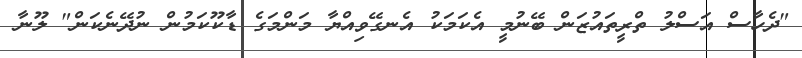
"ދެހާސް އަސްލު ތްރީތައުޒަން ބޭނުމީ އެކަމަކު އެނގޭވިއްޔާ މަންމަގެ ޑާކޫކަމުން ނުދޭނެކަން" ލޫނާ